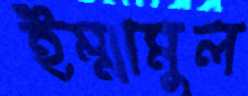
ইম্মামুল